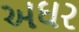
અઘર